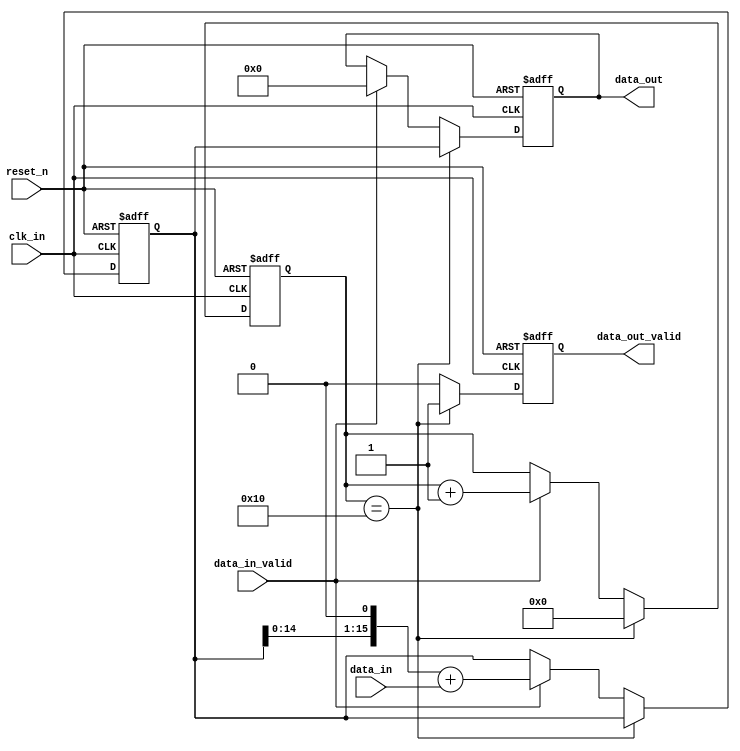
`timescale 1ns / 1ns
//////////////////////////////////////////////////////////////////////////////////
// Company: 
// Engineer: 
// 
// Design Name: 
// Module Name: s2p
// Project Name: 
// Target Devices: 
// Tool Versions: 
// Description: 
// 
// Dependencies: 
// 
// Revision:
// Revision 0.01 - File Created
// Additional Comments:
// 
//////////////////////////////////////////////////////////////////////////////////


module s2p
    #(parameter PARALLEL_WIDTH = 16)(
    input reset_n,
    input clk_in,
    input data_in,
    input data_in_valid,
    output [PARALLEL_WIDTH-1:0] data_out,
    output data_out_valid
    );
    
    reg [PARALLEL_WIDTH-1:0] data_out_r;
    reg data_out_valid_r;
    reg [$clog2(PARALLEL_WIDTH):0] cnt;
    reg [PARALLEL_WIDTH-1:0] data_r;
    
    assign data_out = data_out_r;
    assign data_out_valid = data_out_valid_r;
    
    always@(posedge clk_in or negedge reset_n)
    begin
        if(!reset_n)
        begin
            cnt                     <= 0;
            data_r                  <= 0;
            data_out_r              <= 0;
            data_out_valid_r        <= 1'b0;
        end
        else
        begin
            if(cnt == PARALLEL_WIDTH)
            begin
                cnt                 <= 0;
                data_r              <= data_r;
                data_out_r          <= data_r;
                data_out_valid_r    <= 1'b1;
            end
            else if(data_in_valid)
            begin
                cnt                 <= cnt + 1'b1;
                data_r              <= (data_r << 1'b1) + data_in;
                data_out_r          <= 1'b0;
                data_out_valid_r    <= 1'b0;
            end
            else
            begin
                cnt                 <= cnt;
                data_r              <= data_r;
                data_out_r          <= data_out_r;
                data_out_valid_r    <= 1'b0;
            end
        end
    end
endmodule